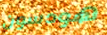
هودسون